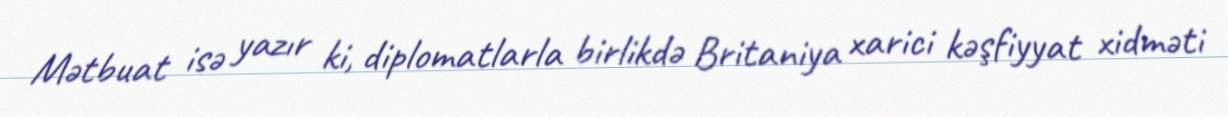
Mətbuat isə yazır ki, diplomatlarla birlikdə Britaniya xarici kəşfiyyat xidməti